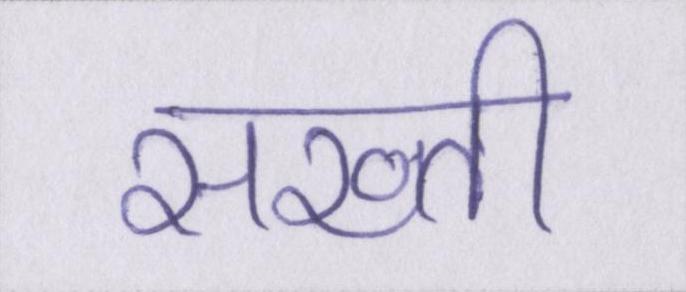
सख्ती